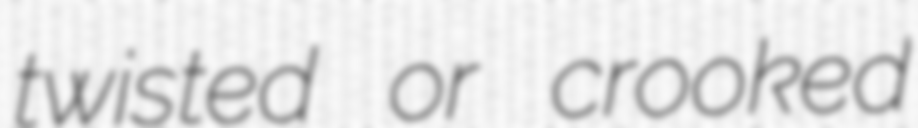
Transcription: twisted or crooked